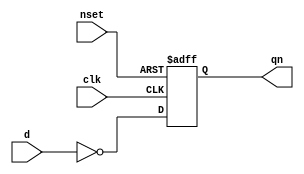
//#############################################################################
//# Function:  Positive edge-triggered static inverting D-type flop-flop with #
//             async active low set.                                          #
//# Copyright: OH Project Authors. ALl rights Reserved.                       #
//# License:   MIT (see LICENSE file in OH repository)                        #
//#############################################################################

module asic_dffsqn #(parameter PROP = "DEFAULT")   (
    input d,
    input clk,
    input nset,
    output reg  qn
    );

   always @ (posedge clk or negedge nset)
     if(!nset)
       qn <= 1'b0;
     else
       qn <= ~d;

endmodule